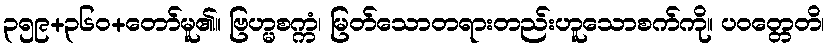
၃၅၉+၃၆၀+တော်မူ၏။ ဗြဟ္မစက္ကံ၊ မြတ်သောတရားတည်းဟူသောစက်ကို။ ပဝတ္တေတိ၊